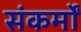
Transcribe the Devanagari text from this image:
संकर्मों